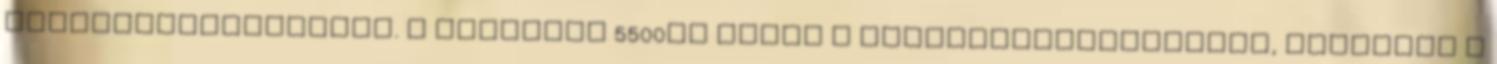
színhőmérséklettel. A spektrum 5500K° körül a legkiegyenlítettebb, hasonlít a